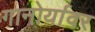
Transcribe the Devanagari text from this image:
गानोर्यावर